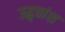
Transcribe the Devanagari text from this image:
उद्धृतांश